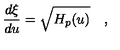
{ \frac { d \xi } { d u } } = \sqrt { H _ { p } ( u ) } \quad ,